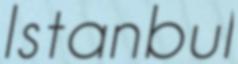
Istanbul